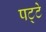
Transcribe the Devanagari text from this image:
पट्‍टे